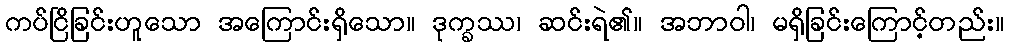
ကပ်ငြိခြင်းဟူသော အကြောင်းရှိသော။ ဒုက္ခဿ၊ ဆင်းရဲ၏။ အဘာဝါ၊ မရှိခြင်းကြောင့်တည်း။